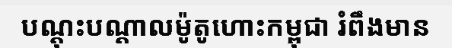
បណ្តុះបណ្តាលម៉ូតូហោះកម្ពុជា រំពឹងមាន